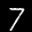
Label: 7